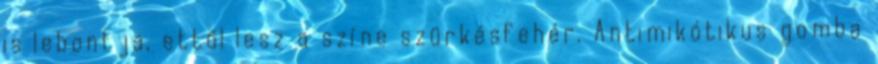
is lebontja, ettől lesz a színe szürkésfehér. Antimikótikus gomba